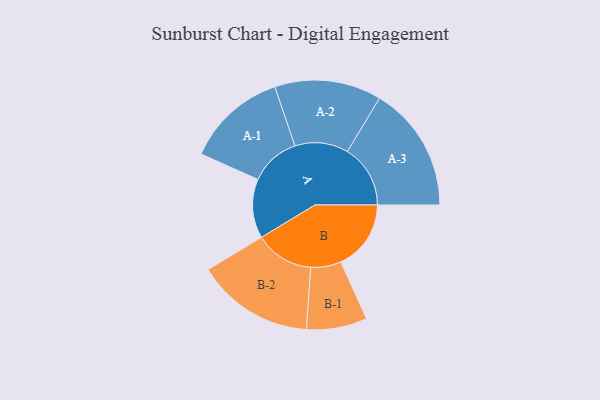
{"axis": {"x": "Segment", "y": "Value"}, "legend": ["", "A", "B"], "data": [{"x": "A", "y": 197, "type": ""}, {"x": "B", "y": 234, "type": ""}, {"x": "A-1", "y": 168, "type": "A"}, {"x": "A-2", "y": 178, "type": "A"}, {"x": "A-3", "y": 210, "type": "A"}, {"x": "B-1", "y": 101, "type": "B"}, {"x": "B-2", "y": 196, "type": "B"}]}